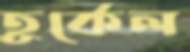
তুর্কেল